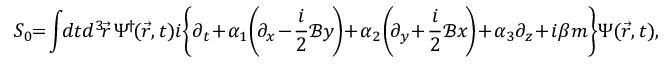
S _ { 0 } \! \! = \! \int \! \! d t d ^ { 3 } \! \vec { r } \, \Psi ^ { \! \dag } \! ( \vec { r } , t ) i \! \left\{ \partial _ { t } \! + \! \alpha _ { 1 } \! \left( \! \partial _ { x } \! - \! \frac { i } { 2 } { \mathcal { B } } y \! \right) \! + \! \alpha _ { 2 } \! \left( \! \partial _ { y } \! + \! \frac { i } { 2 } { \mathcal { B } } x \! \right) \! + \! \alpha _ { 3 } \partial _ { z } \! + \! i \beta m \right\} \! \Psi ( \vec { r } , t ) ,